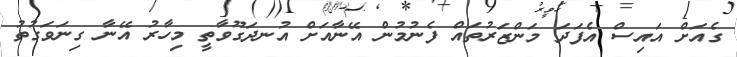
ގެއަށް އައިސް އެފަދަ މަންޒަރުތައް ފެނުމުން އޭނާއަށް އުނދަގޫވާތީ މިހާރު އޭނާ ގިނަވަގުތު